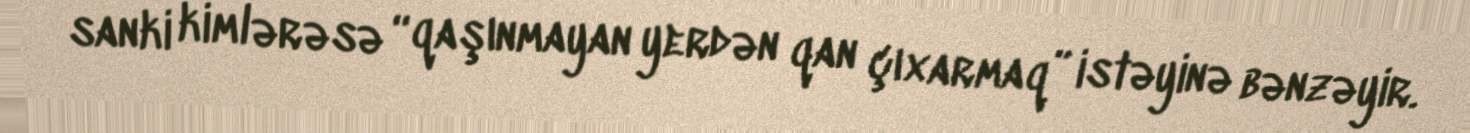
sanki kimlərəsə “qaşınmayan yerdən qan çıxarmaq” istəyinə bənzəyir.